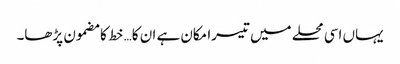
یہاں اسی محلے میں تیسرا مکان ہے ان کا… خط کا مضمون پڑھا۔